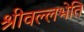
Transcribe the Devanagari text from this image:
श्रीवल्लभेति